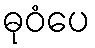
ဓုဝံပေ